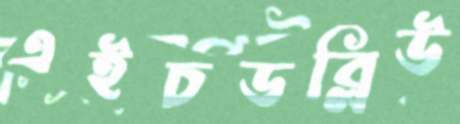
এইচডব্লিউ